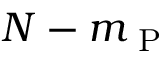
N - m _ { \mathrm { ~ P ~ } }